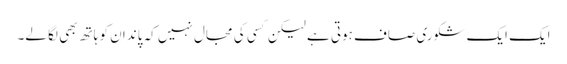
ایک ایک شکوری صاف ہوتی ہے لیکن کسی کی مجال نہیں کہ پاندان کو ہاتھ بھی لگا لے۔